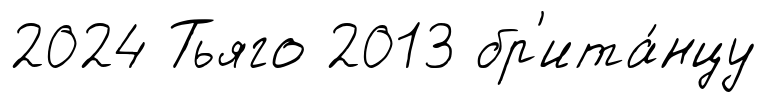
2024 Тьяго 2013 бр'ита́нцу